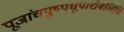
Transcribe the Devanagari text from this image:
पूजांचपुष्पधूपाद्यैर्बलिभिः